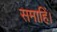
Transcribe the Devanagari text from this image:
समाहिं।